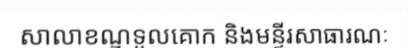
សាលាខណ្ឌទួលគោក និងមន្ទីរសាធារណៈ